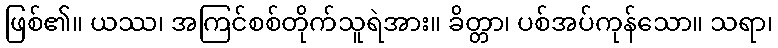
ဖြစ်၏။ ယဿ၊ အကြင်စစ်တိုက်သူရဲအား။ ခိတ္တာ၊ ပစ်အပ်ကုန်သော။ သရာ၊